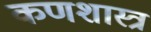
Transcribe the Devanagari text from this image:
कणशास्त्र